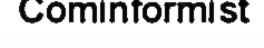
Cominformist